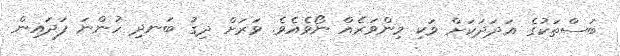
ބަސްތަކުގެ އަދަދަކަށް ވަކި މިންވަރެއް ނޯވެއެވެ. ވަރަށް ދިގު ބަނދި ހުންނަ ފަދައިން